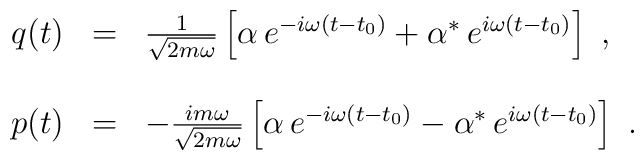
\begin{array}{r c l}q(t)&=&\frac{1}{\sqrt{2m\omega}}\left[\alpha\,e^{-i\omega(t-t_0)}+\alpha^*\,e^{i\omega(t-t_0)}\right]\ ,\\ & & \\p(t)&=&-\frac{im\omega}{\sqrt{2m\omega}}\left[\alpha\,e^{-i\omega(t-t_0)}-\alpha^*\,e^{i\omega(t-t_0)}\right]\ .\end{array}